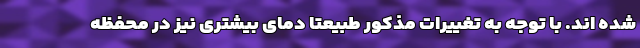
شده اند. با توجه به تغییرات مذکور طبیعتا دمای بیشتری نیز در محفظه